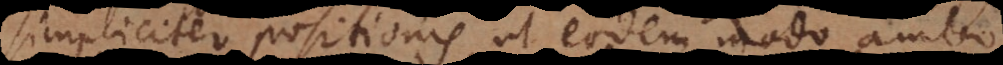
simpliciter positionis, ut eodem modo ambo